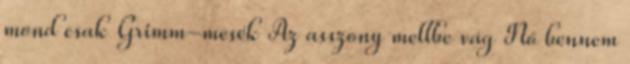
mond csak Grimm-mesék Az asszony mellbe vág Nő bennem